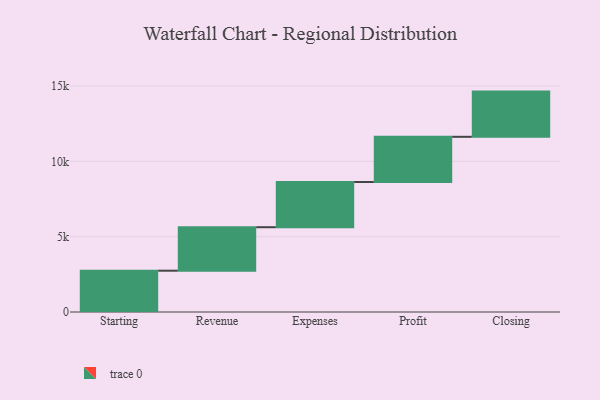
{"axis": {"x": "Step", "y": "Value"}, "legend": [""], "data": [{"x": "Starting", "y": 2741.0, "type": ""}, {"x": "Revenue", "y": 2886.0, "type": ""}, {"x": "Expenses", "y": 3000, "type": ""}, {"x": "Profit", "y": 3000, "type": ""}, {"x": "Closing", "y": 3000, "type": ""}]}